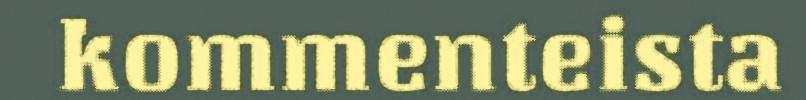
kommenteista